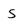
Character: S